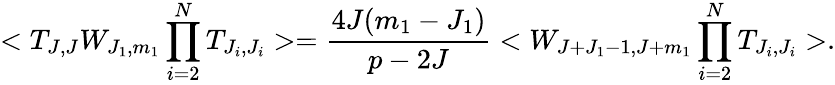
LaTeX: <T_{J,J}W_{J_{1},m_{1}}\prod_{i=2}^{N}T_{J_{i},J_{i}}>=\frac{4J(m_{1}-J_{1})}{p-2J}<W_{J+J_{1}-1,J+m_{1}}\prod_{i=2}^{N}T_{J_{i},J_{i}}>.